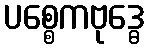
ပစ္စေကဗုဒ္ဓေ